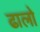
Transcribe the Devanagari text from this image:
ढालो